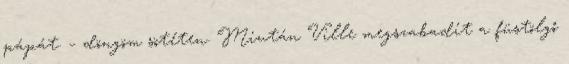
pápát. – döngöm sötéten. Miután Ville megszabadít a füstölgő